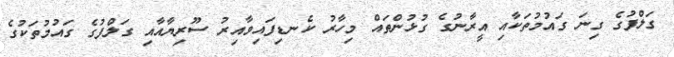
ގަލްފުގެ ގިނަ ގައުމުތަކާއި އީރާނުގެ ގުޅުންތައް މިހާރު ކެނޑިފައިވާއިރު ސޫރިޔާއާއި ގަލްފުގެ ގައުމުތަކުގެ